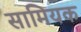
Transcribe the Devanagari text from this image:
सामियक